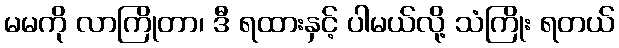
မမကို လာကြိုတာ၊ ဒီ ရထားနှင့် ပါမယ်လို့ သံကြိုး ရတယ်